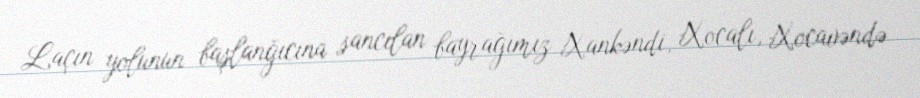
Laçın yolunun başlanğıcına sancılan bayrağımız Xankəndi, Xocalı, Xocavəndə